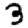
Digit: 3